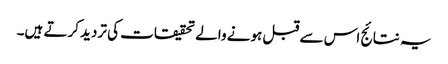
یہ نتائج اس سے قبل ہونے والے تحقیقات کی تردید کرتے ہیں۔